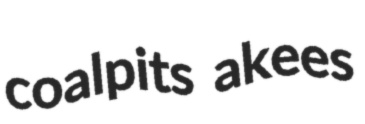
coalpits akees